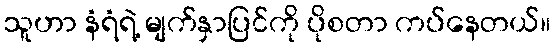
သူဟာ နံရံရဲ့ မျက်နှာပြင်ကို ပိုစတာ ကပ်နေတယ်။